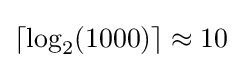
\lceil \log _{2}(1000)\rceil \approx 10